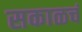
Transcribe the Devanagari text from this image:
सकाळचं